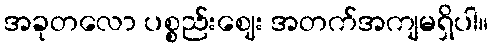
အခုတလော ပစ္စည်းဈေး အတက်အကျမရှိပါ။